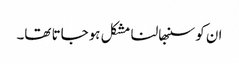
ان کو سنبھالنا مشکل ہوجاتا تھا۔